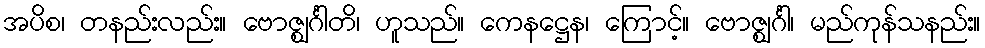
အပိစ၊ တနည်းလည်း။ ဗောဇ္ဈင်္ဂါတိ၊ ဟူသည်။ ကေနဋ္ဌေန၊ ကြောင့်။ ဗောဇ္ဈင်္ဂါ၊ မည်ကုန်သနည်း။